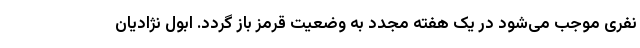
نفری موجب می‌شود در یک هفته مجدد به وضعیت قرمز باز گردد. ابول نژادیان